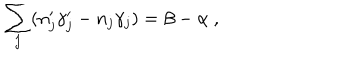
\sum _ { j } ( n _ { j } ^ { \prime } \gamma _ { j } ^ { \prime } - n _ { j } \gamma _ { j } ) = \beta - \alpha \ ,